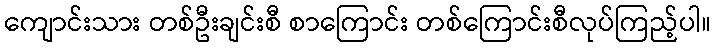
ကျောင်းသား တစ်ဦးချင်းစီ စာကြောင်း တစ်ကြောင်းစီလုပ်ကြည့်ပါ။